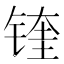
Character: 𲈌